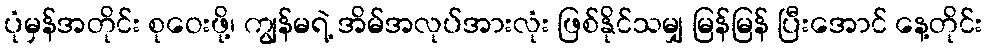
ပုံမှန်အတိုင်း စုဝေးဖို့၊ ကျွန်မရဲ့ အိမ်အလုပ်အားလုံး ဖြစ်နိုင်သမျှ မြန်မြန် ပြီးအောင် နေ့တိုင်း